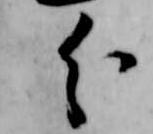
分